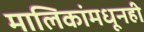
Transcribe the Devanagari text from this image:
मालिकांमधूनही